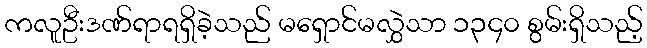
ကလူဦးဒဏ်ရာရရှိခဲ့သည် မရှောင်မလွှဲသာ ၁၃၄၀ စွမ်းရှိသည့်